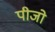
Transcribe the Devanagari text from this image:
पीजो